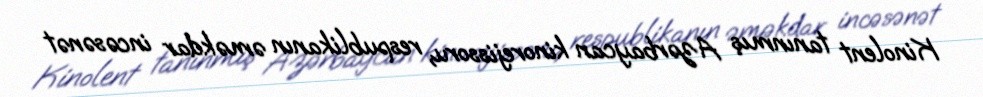
Kinolent tanınmış Azərbaycan kinorejissoru, respublikanın əməkdar incəsənət